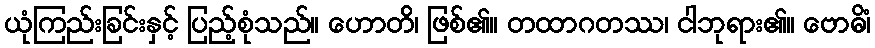
ယုံကြည်းခြင်းနှင့် ပြည့်စုံသည်။ ဟောတိ၊ ဖြစ်၏။ တထာဂတဿ၊ ငါဘုရား၏။ ဗောဓိံ၊